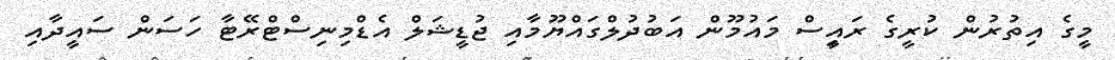
މީގެ އިތުރުން ކުރީގެ ރައީިސް މައުމޫން އަބުދުލްގައްޔޫމާއި ޖުޑީޝަލް އެޑްމިނިސްޓްރޭޓާ ހަސަން ސައީދާއި